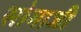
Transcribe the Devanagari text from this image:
सोमाजी